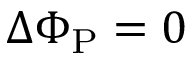
\Delta \Phi _ { \mathrm { P } } = 0